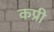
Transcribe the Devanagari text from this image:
कप्री